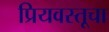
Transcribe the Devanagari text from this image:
प्रियवस्तूचा